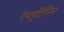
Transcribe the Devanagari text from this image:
ऐग्लूटिनिन